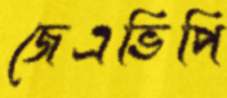
জেএভিপি